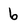
Character: 6